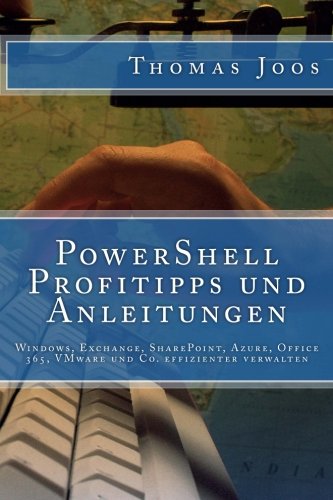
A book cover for PowerShell Profitipps und Anleitungen: Windows, Exchange, SharePoint, Azure, Office 365, VMware und Co. effizienter verwalten (German Edition); Thomas Joos; Computers & Technology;